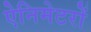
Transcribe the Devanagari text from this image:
ऐनिमेटरों